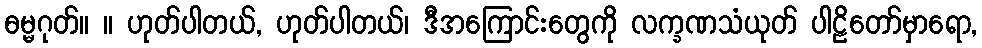
ဓမ္မဂုတ်။ ။ ဟုတ်ပါတယ်, ဟုတ်ပါတယ်၊ ဒီအကြောင်းတွေကို လက္ခဏသံယုတ် ပါဠိတော်မှာရော,